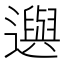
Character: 𨘕